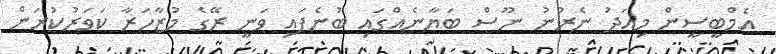
އެމްބީސީން މިއަދު ނެރުނު ނޫސް ބަޔާނެއްގައި ބުނެފައި ވަނީ ރޭގެ މުޒާހަރާ ކަވަރުކުރަން